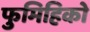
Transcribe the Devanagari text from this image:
फुमिहिको